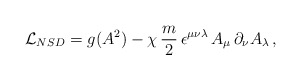
\begin{align*}{\cal L}_{NSD} = g(A^{2}) - \chi\,\frac{m}{2}\, \epsilon^{\mu\nu\lambda}\,A_{\mu}\,\partial_{\nu} A_{\lambda}\,, \end{align*}